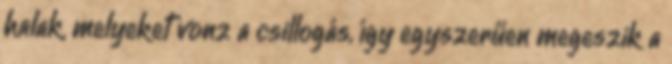
halak, melyeket vonz a csillogás, így egyszerűen megeszik a